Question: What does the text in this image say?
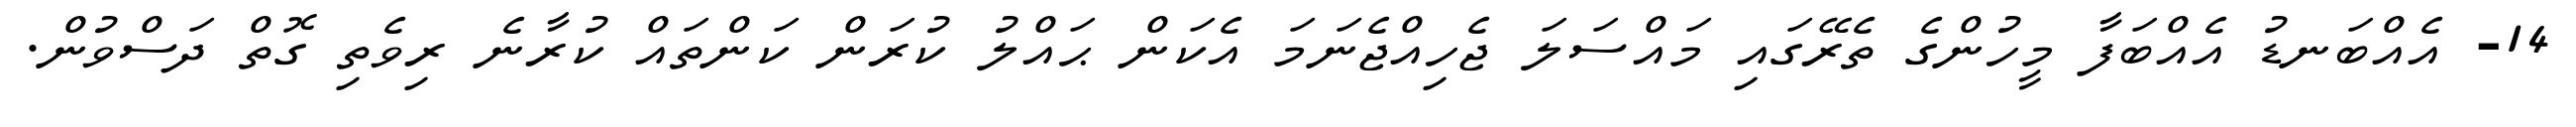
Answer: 14- އެއްބަނޑު އެއްބަފާ މީހުންގެ ތެރޭގައި މައްސަލަ ޖެހިއްޖެނަމަ އެކަން ޙައްލު ކުރަން ކަންތައް ކުރާނެ ރިވެތި ގޮތް ދަސްވުން.